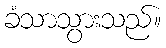
ခံသာသွားသည်။